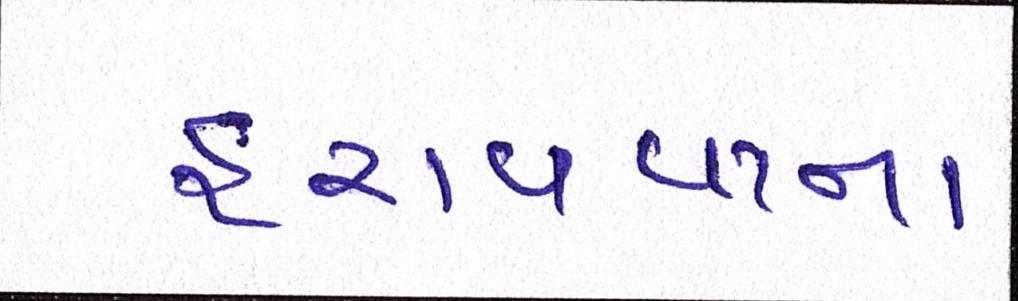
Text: હરાવવાના